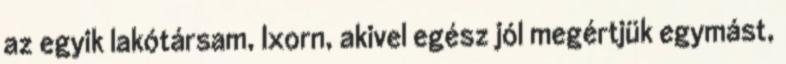
az egyik lakótársam, Ixorn, akivel egész jól megértjük egymást,